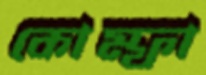
কোম্ফা